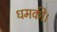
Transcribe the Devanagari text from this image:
धमकी।